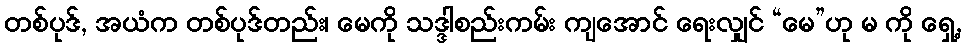
တစ်ပုဒ်, အယံက တစ်ပုဒ်တည်း၊ မေကို သဒ္ဒါစည်းကမ်း ကျအောင် ရေးလျှင် “မေ”ဟု မ ကို ရှေ့,